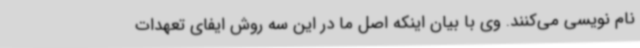
نام نویسی می‌کنند. وی با بیان اینکه اصل ما در این سه روش ایفای تعهدات